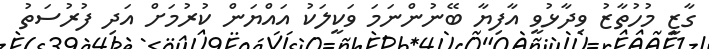
ގާޒީ މުހުތާޒު ވިދާޅުވީ އާފިޔާ ބޭނުންނަމަ ވަކީލަކު އައްޔަން ކުރުމަށް އަދި ފުރުސަތު